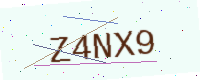
Text: Z4NX9